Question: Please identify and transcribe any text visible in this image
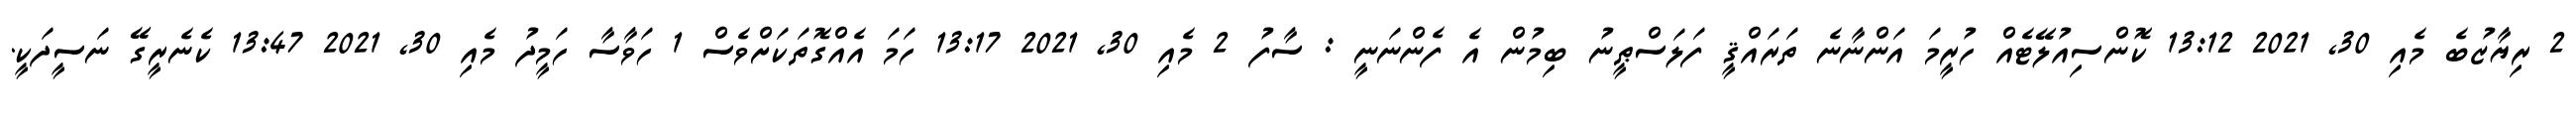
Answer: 2 ރިޔާޒުބެ މެއި 30, 2021 13:12 ކޮންސިއުލޭޓެއް ހުރީމަ އަންނާނެ ތަރައްޤީ ފަލަސްޠީނު ބިމުން އެ ފެންނަނީ : ސާފު 2 މެއި 30, 2021 13:17 ހަމަ އެއްގޮތަކަށްވެސް 1 ހަވާސާ ހަމީދު މެއި 30, 2021 13:47 ކެނެރީގޭ ނަސީދަކީ.